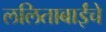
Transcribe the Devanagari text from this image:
ललिताबाईंचे